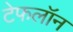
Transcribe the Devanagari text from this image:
टेफलॉन